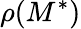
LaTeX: \rho(M^{\ast})